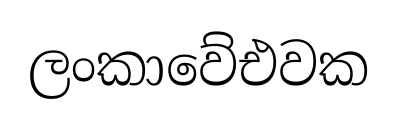
ලංකාවේඑවක